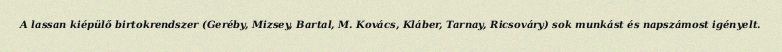
A lassan kiépülő birtokrendszer (Geréby, Mizsey, Bartal, M. Kovács, Kláber, Tarnay, Ricsováry) sok munkást és napszámost igényelt.